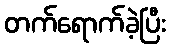
တက်ရောက်ခဲ့ပြီး